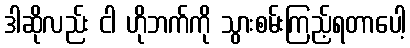
ဒါဆိုလည်း ငါ ဟိုဘက်ကို သွားစမ်းကြည့်ရတာပေါ့